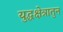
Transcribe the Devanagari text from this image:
युद्धक्षेत्रातुन